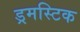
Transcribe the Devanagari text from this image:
ड्रमस्टिक